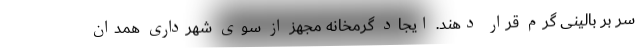
سر بر بالینی گرم قرار دهند. ایجاد گرمخانه مجهز از سوی شهرداری همدان